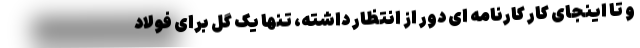
و تا اینجای کار کارنامه ای دور از انتظار داشته، تنها یک گل برای فولاد